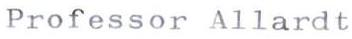
Professor Allardt